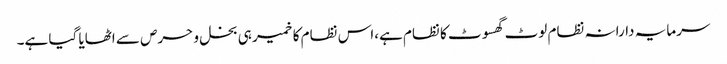
سرمایہ دارانہ نظام لوٹ گھسوٹ کا نظام ہے،اس نظام کا خمیر ہی بخل و حرص سے اٹھایا گیا ہے۔